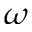
\omega